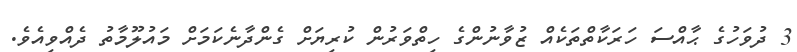
3 ދުވަހުގެ ޙާއްސަ ހަރަކާތްތަކެއް ޒުވާނުންގެ ހިތްވަރުން ކުރިޔަށް ގެންދާނެކަމަށް މައުލޫމާތު ދެއްވިއެވެ.